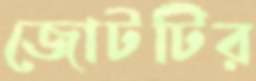
জোটটির